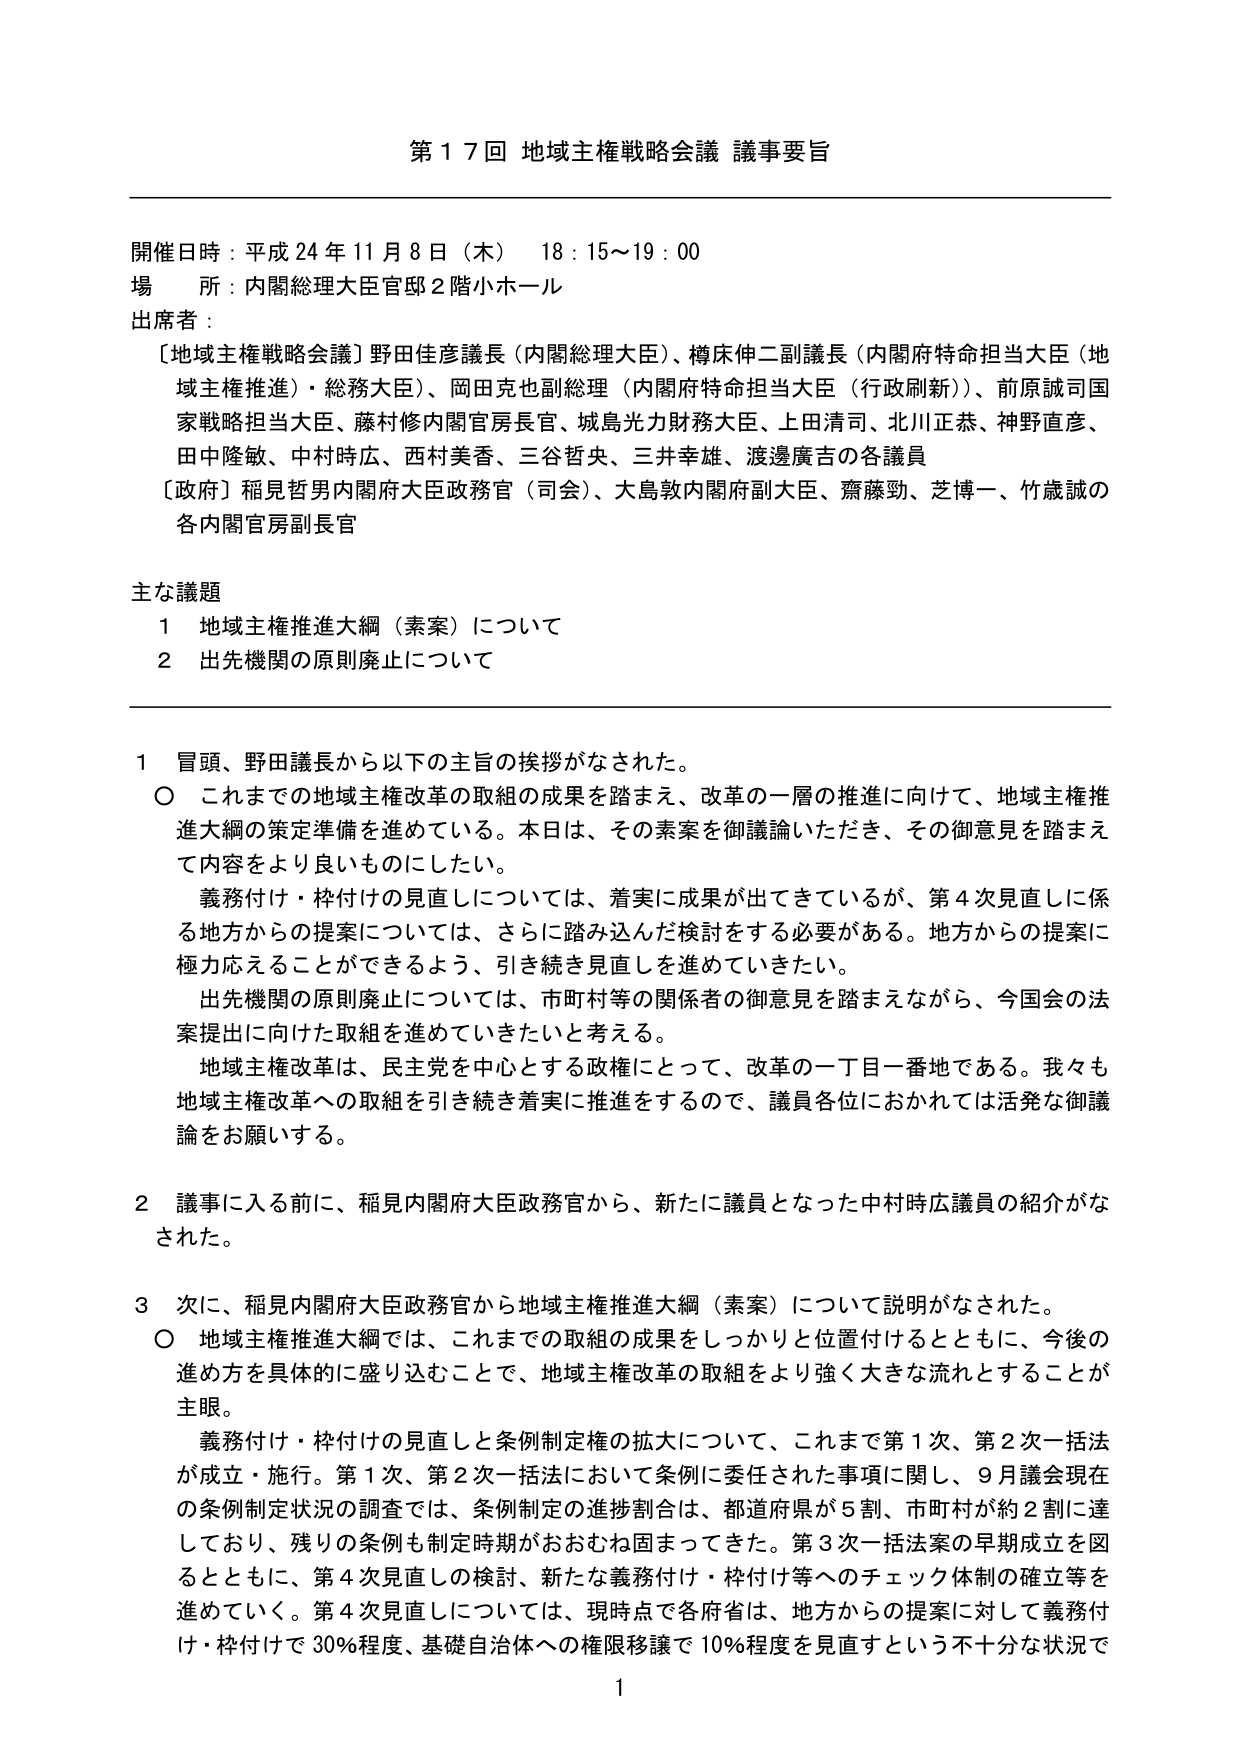
第１７回 地域主権戦略会議 議事要旨

開催日時：平成24年11月8日（木） 18：15～19：00
場 所：内閣総理大臣官邸2階小ホール
出席者：
〔地域主権戦略会議〕野田佳彦議長（内閣総理大臣）、樽床伸二副議長（内閣府特命担当大臣（地域主権推進）・総務大臣）、岡田克也副総理（内閣府特命担当大臣（行政刷新））、前原誠司国家戦略担当大臣、藤村修内閣官房長官、城島光力財務大臣、上田清司、北川正恭、神野直彦、田中隆敏、中村時広、西村美香、三谷哲央、三井幸雄、渡邊廣吉の各議員
〔政府〕稲見哲男内閣府大臣政務官（司会）、大島敦内閣府副大臣、齋藤勁、芝博一、竹歳誠の各内閣官房副長官

主な議題
１ 地域主権推進大綱（素案）について
２ 出先機関の原則廃止について

１ 冒頭、野田議長から以下の主旨の挨拶がなされた。
○ これまでの地域主権改革の取組の成果を踏まえ、改革の一層の推進に向けて、地域主権推進大綱の策定準備を進めている。本日は、その素案を御議論いただき、その御意見を踏まえて内容をより良いものにしたい。
　義務付け・枠付けの見直しについては、着実に成果が出てきているが、第4次見直しに係る地方からの提案については、さらに踏み込んだ検討をする必要がある。地方からの提案に極力応えることができるよう、引き続き見直しを進めていきたい。
　出先機関の原則廃止については、市町村等の関係者の御意見を踏まえながら、今国会の法案提出に向けた取組を進めていきたいと考える。
　地域主権改革は、民主党を中心とする政権にとって、改革の一丁目一番地である。我々も地域主権改革への取組を引き続き着実に推進をするので、議員各位におかれては活発な御議論をお願いする。

２ 議事に入る前に、稲見内閣府大臣政務官から、新たに議員となった中村時広議員の紹介がなされた。

３ 次に、稲見内閣府大臣政務官から地域主権推進大綱（素案）について説明がなされた。
○ 地域主権推進大綱では、これまでの取組の成果をしっかりと位置付けるとともに、今後の進め方を具体的に盛り込むことで、地域主権改革の取組をより強く大きな流れとすることが主眼。
　義務付け・枠付けの見直しと条例制定権の拡大について、これまで第1次、第2次一括法が成立・施行。第1次、第2次一括法において条例に委任された事項に関し、9月議会現在の条例制定状況の調査では、条例制定の進捗割合は、都道府県が5割、市町村が約2割に達しており、残りの条例も制定時期がおおむね固まってきた。第3次一括法案の早期成立を図るとともに、第4次見直しの検討、新たな義務付け・枠付け等へのチェック体制の確立等を進めていく。第4次見直しについては、現時点で各府省は、地方からの提案に対して義務付け・枠付けで30％程度、基礎自治体への権限移譲で10％程度を見直すという不十分な状況で

1